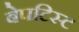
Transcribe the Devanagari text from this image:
बेपटिस्ट